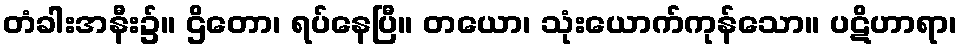
တံခါးအနီး၌။ ဌိတော၊ ရပ်နေပြီ။ တယော၊ သုံးယောက်ကုန်သော။ ပဋိဟာရာ၊